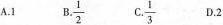
A.1 B.\frac{1}{2} C.\frac{1}{3} D.2